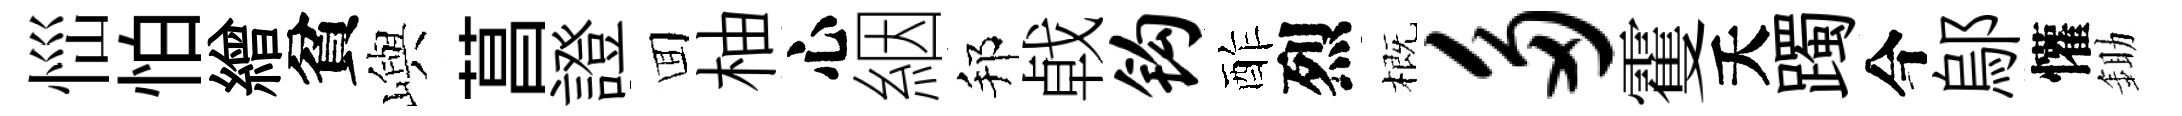
𢙉怕繒貧嶼菖證囬柚心絪邦㦸钩酢烈概多䨥夭躅今鄔懽鋤